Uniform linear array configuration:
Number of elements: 8
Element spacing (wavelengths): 1
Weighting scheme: blackman
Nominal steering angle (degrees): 15
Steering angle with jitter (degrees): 16.215
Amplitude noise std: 0.05
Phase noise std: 0.05

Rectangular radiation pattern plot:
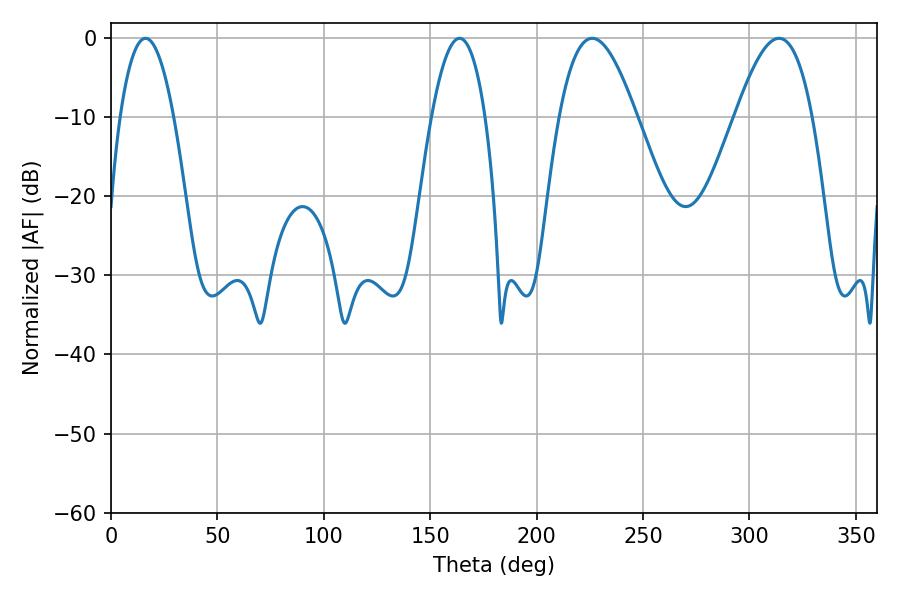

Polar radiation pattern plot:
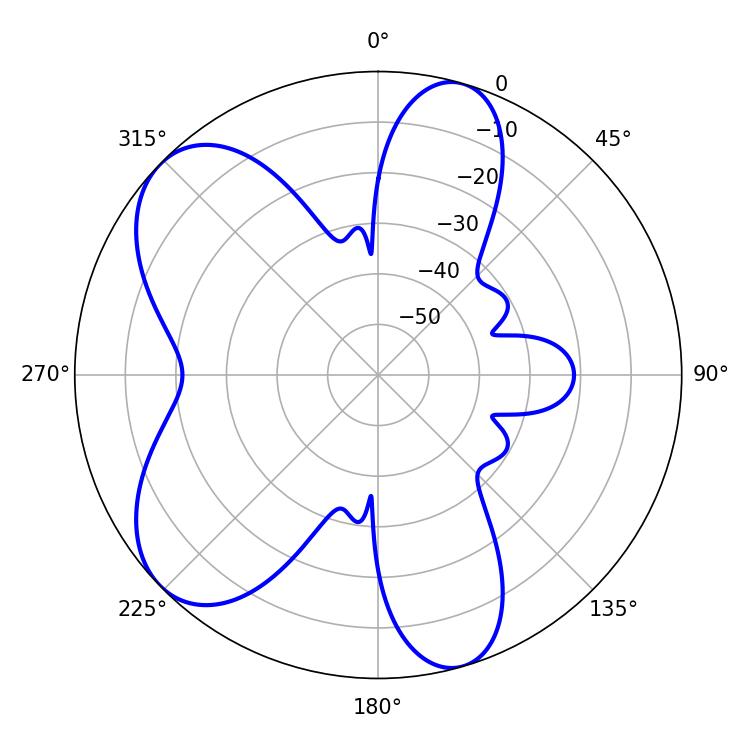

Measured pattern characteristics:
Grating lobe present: TRUE
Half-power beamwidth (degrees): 14.04
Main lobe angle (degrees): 16.2